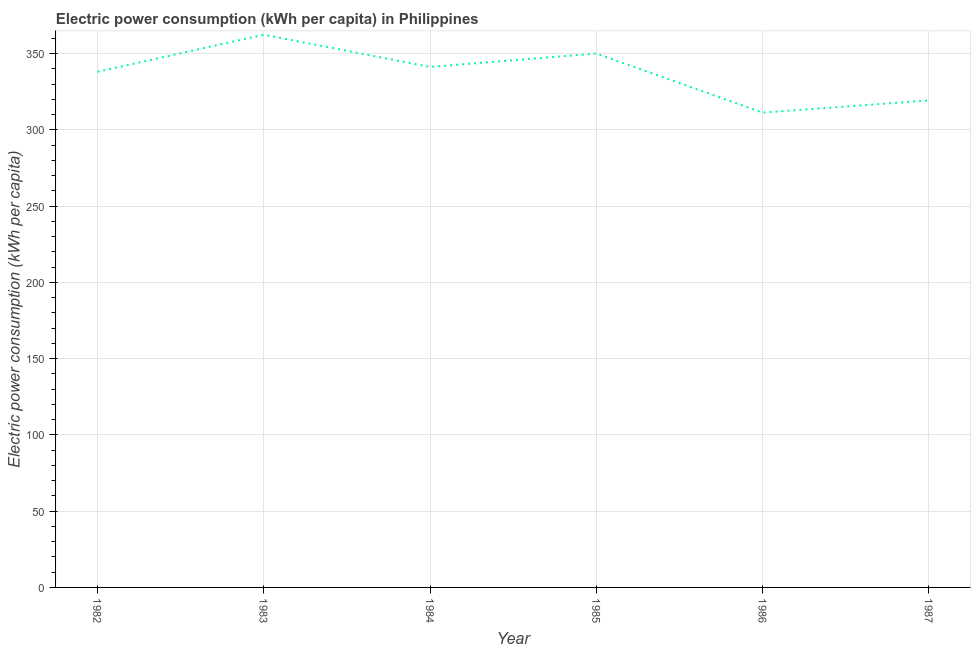
| Year | Electric power consumption |
 | --- | --- |
 | 1982 | 338 |
 | 1983 | 362 |
 | 1984 | 341 |
 | 1985 | 350 |
 | 1986 | 311 |
 | 1987 | 319 |